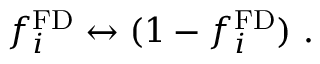
f _ { i } ^ { \mathrm { F D } } \leftrightarrow ( 1 - f _ { i } ^ { \mathrm { F D } } ) ~ .